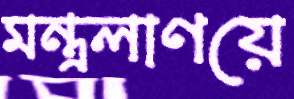
মন্ত্রলাণয়ে